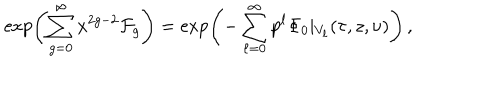
LaTeX: \exp \left( \sum _ { g = 0 } ^ { \infty } x ^ { 2 g - 2 } \mathcal { F } _ { g } \right) = \exp \left( - \sum _ { \ell = 0 } ^ { \infty } p ^ { \ell } \Phi _ { 0 } \vert _ { V _ { \ell } } ( \tau , z , \nu ) \right) \, ,